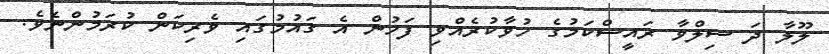
ލޫލާ ދަ ސިލްވާ ރައީސްކަމުގެ ހުވާކުރެއްވި ފަހުން އެ ގައުމުގައި ވެރިކަން ކުރަމުންނެވެ.